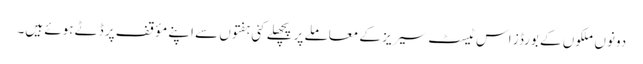
دونوں ملکوں کے بورڈز اس ٹیسٹ سیریز کے معاملے پر پچھلے کئی ہفتوں سے اپنے مؤقف پر ڈٹے ہوئے ہیں۔